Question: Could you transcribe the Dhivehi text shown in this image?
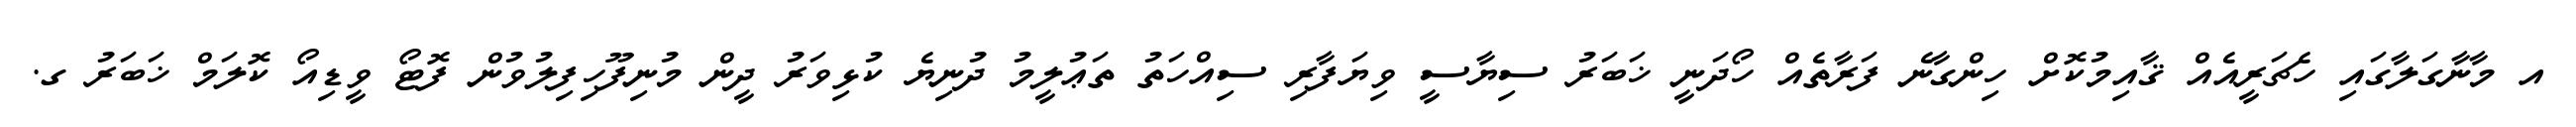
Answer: އ މާނާގަލާގައި ހެޗަރީއެއް ޤާއިމުކޮށް ހިންގާނެ ފަރާތެއް ހޯދަނީ ޚަބަރު ސިޔާސީ ވިޔަފާރި ސިއްހަތު ތަޢުލީމު ދުނިޔެ ކުޅިވަރު ދީން މުނިފޫހިފިލުވުން ފޮޓޯ ވީޑިއޯ ކޮލަމް ޚަބަރު ގ.